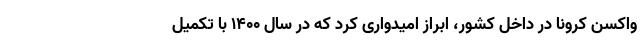
واکسن کرونا در داخل کشور، ابراز امیدواری کرد که در سال ۱۴۰۰ با تکمیل